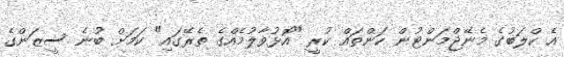
އެ ކްލަބުގެ މެނޭޖްމަންޓުން ކަންތައް ކުރީ "އޮޅުވާލުމެއްގެ ތެރޭގައި" ކަމަށް ބުނެ ސީޒަންގެ